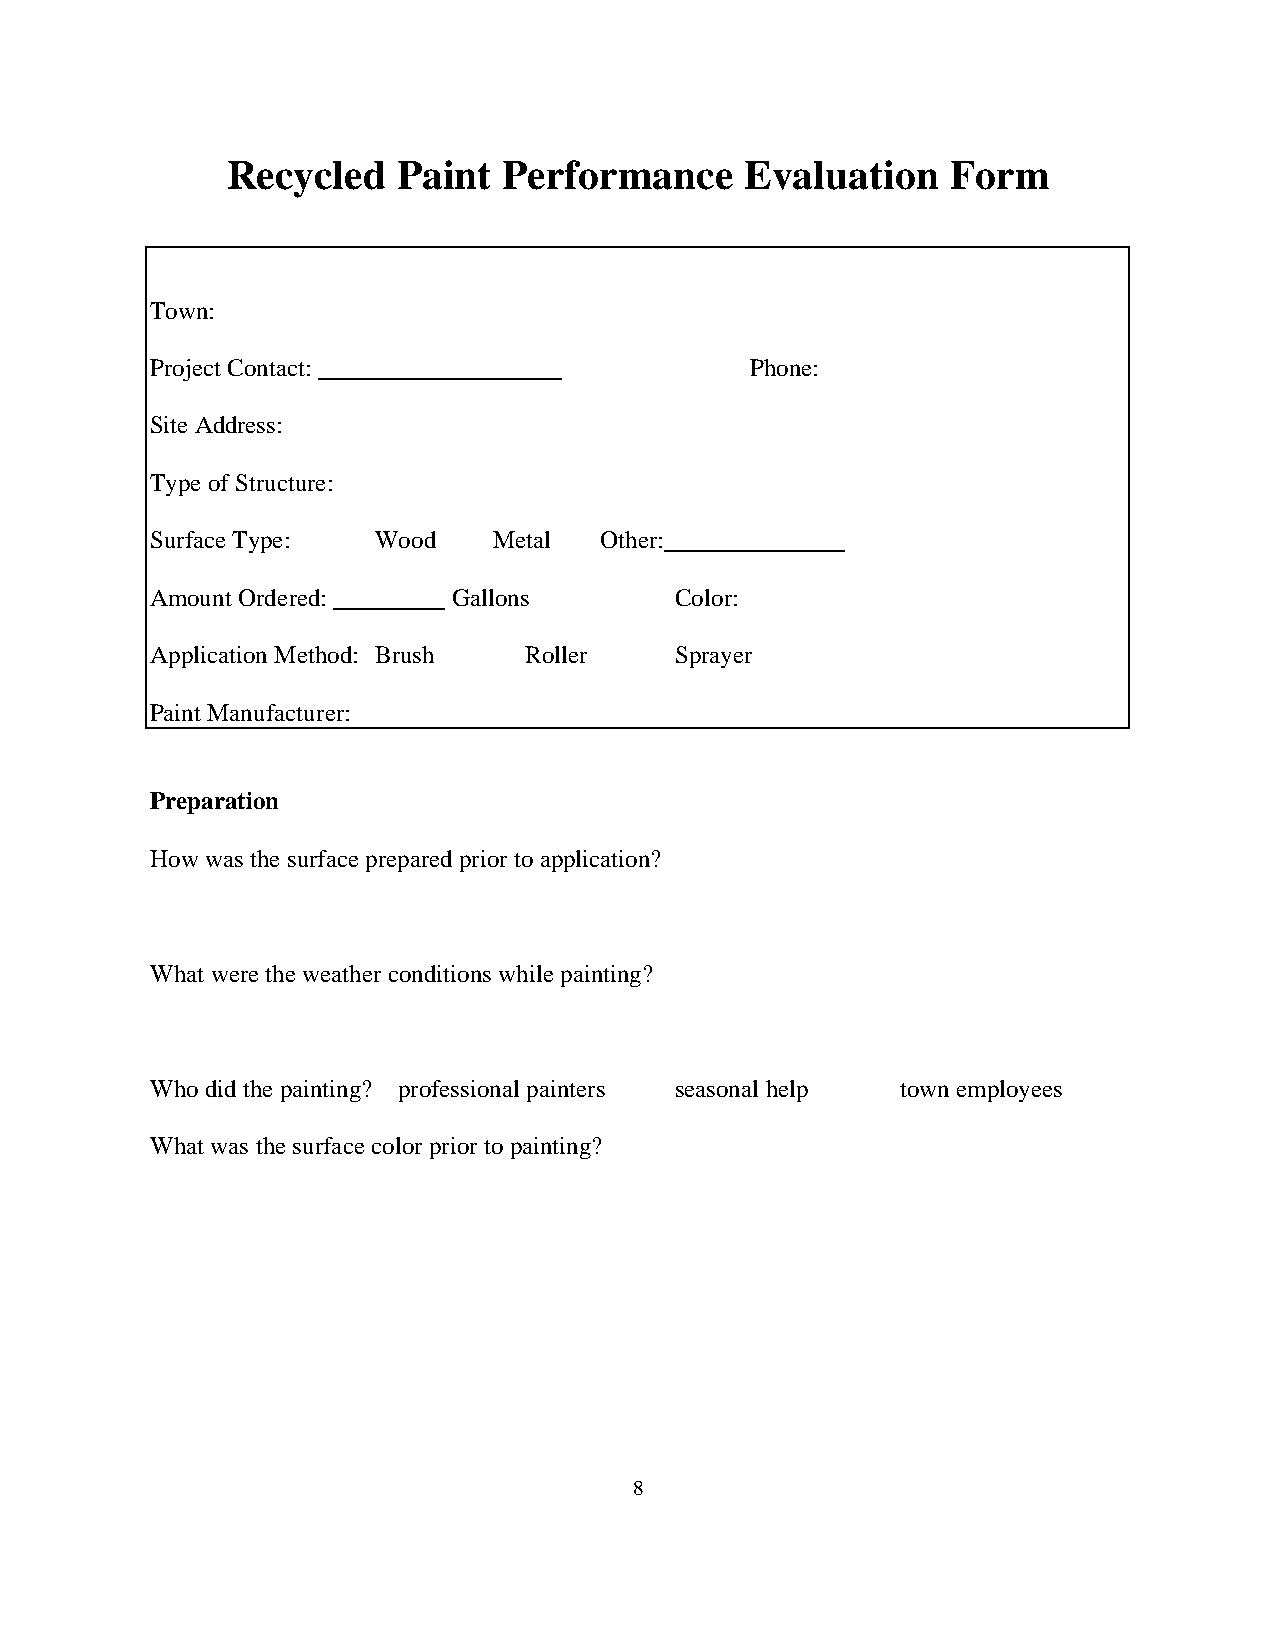
Recycled   Paint  Performance     Evaluation    Form
 Town:
 Project Contact:                        Phone:
 Site Address:
 Type of Structure:
 Surface Type:  Wood    Metal  Other:
 Amount Ordered:     Gallons        Color:
 Application Method: Brush Roller   Sprayer
 Paint Manufacturer:
 Preparation
 How was the surface prepared prior to application?
 What were the weather conditions while painting?
 Who did the painting? professional painters seasonal help town employees
 What was the surface color prior to painting?
 8